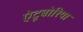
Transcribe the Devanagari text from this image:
ऐटूबोरिया